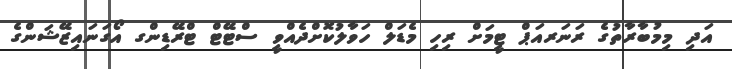
އަދި މިމުބާރާތުގެ ރަނަރއަޕް ޓީމަށް ރިހި މެޑަލް ހަވާލުކޮށްދެއްވީ ސްޓޭޓް ޓްރޭޑިންގ އޯގަނައިޒޭޝަންގެ